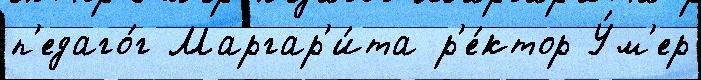
п'едаго́г Маргар'и́та р'е́ктор У́м'ер